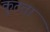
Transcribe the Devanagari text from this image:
कूटता